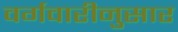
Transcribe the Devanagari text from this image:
वर्गवारीनुसार